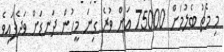
މި މެޗު ބެލުމަށް 75000 އަށް ވުރެ ގިނަ މީހުން ދަނޑަށް ވަދެފައިވެ